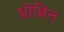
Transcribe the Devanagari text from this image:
प्रोबिन